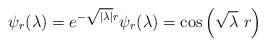
LaTeX: \begin{align*}\psi_r(\lambda)= e^{-\sqrt{|\lambda|}r} \psi_r(\lambda)= \cos\left(\sqrt{\lambda}\ r\right) \end{align*}